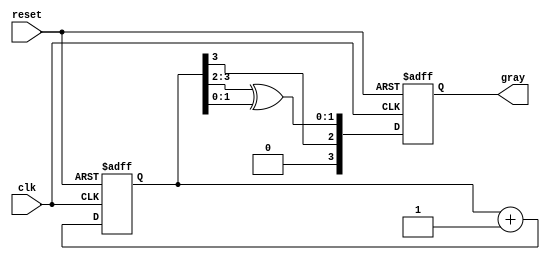
module gray_code_async_counter (
    input wire clk,         // Clock signal (not used for asynchronous operation)
    input wire reset,       // Asynchronous reset signal
    output reg [n-1:0] gray // Output: Gray code value
);
    parameter n = 4; // Number of bits for the counter

    // Internal signals for binary representation
    reg [n-1:0] binary;

    // Convert binary to Gray code
    function [n-1:0] bin_to_gray;
        input [n-1:0] bin;
        begin
            bin_to_gray = {bin[n-1], bin[n-2:n-1] ^ bin[n-3:0]};
        end
    endfunction

    // Asynchronous counter logic
    always @(posedge clk or posedge reset) begin
        if (reset) begin
            // Reset both binary and gray code outputs
            binary <= 0;
            gray <= 0;
        end else begin
            // Increment binary counter
            binary <= binary + 1;

            // Convert binary to Gray code
            gray <= bin_to_gray(binary);
        end
    end

endmodule